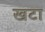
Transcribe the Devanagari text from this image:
खटा